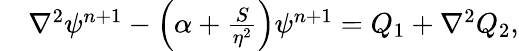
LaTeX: \begin{array}{rl}{\small}&{{}\nabla^{2}\psi^{n+1}-\left(\alpha+\frac{S}{\eta^{2}}\right)\psi^{n+1}=Q_{1}+\nabla^{2}Q_{2},}\end{array}